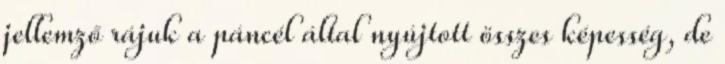
jellemző rájuk a páncél által nyújtott összes képesség, de